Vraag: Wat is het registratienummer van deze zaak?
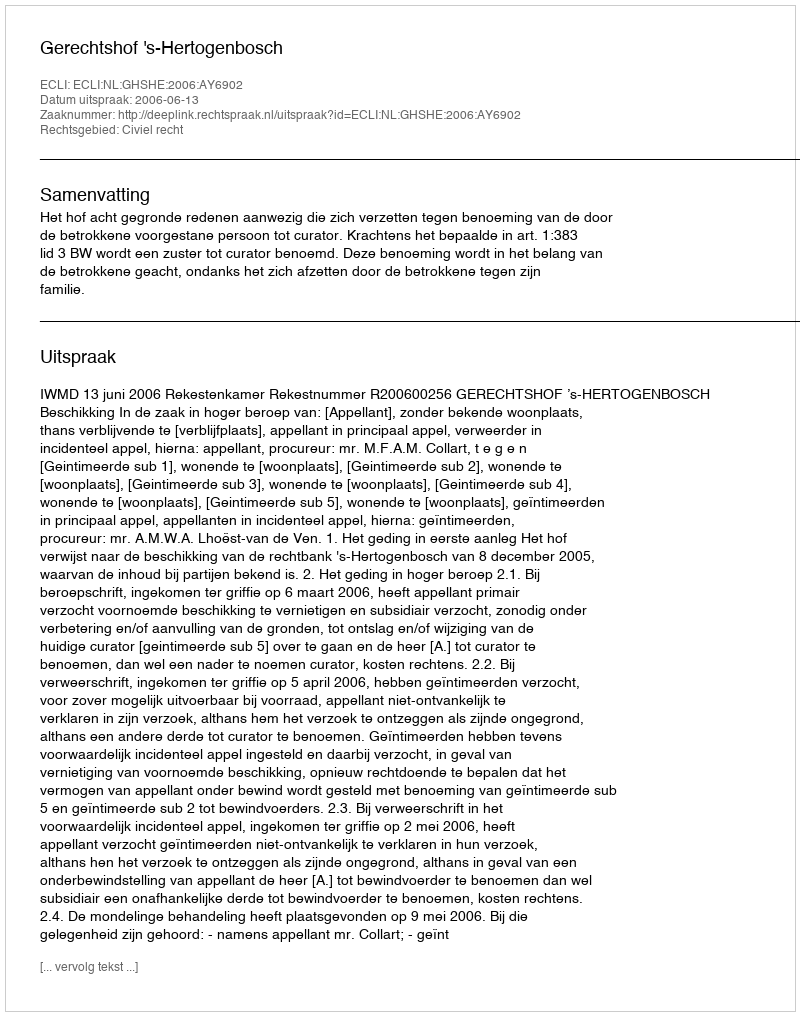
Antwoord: http://deeplink.rechtspraak.nl/uitspraak?id=ECLI:NL:GHSHE:2006:AY6902